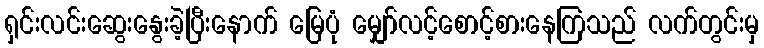
ရှင်းလင်းဆွေးနွေးခဲ့ပြီးနောက် မြေပုံ မျှော်လင့်စောင့်စားနေကြသည် လက်တွင်းမှ